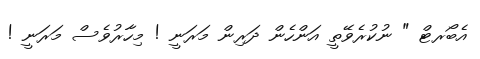
އެބޯރޓް " ނުކުރެވޭތީ އަންހެން ދަރިން މަރަނީ ! މިހާރުވެސް މަރަނީ !